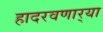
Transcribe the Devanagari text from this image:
हादरवणार्‍या